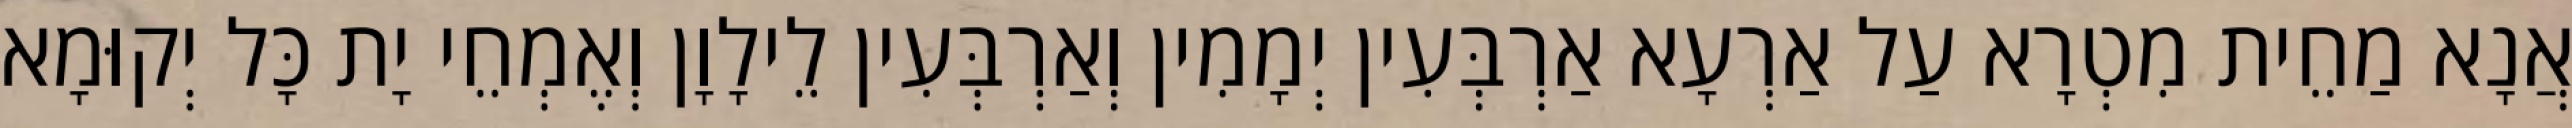
אֲנָא מַחֵית מִטְרָא עַל אַרְעָא אַרְבְּעִין יְמָמִין וְאַרְבְּעִין לֵילָוָן וְאֶמְחֵי יָת כָּל יְקוּמָא